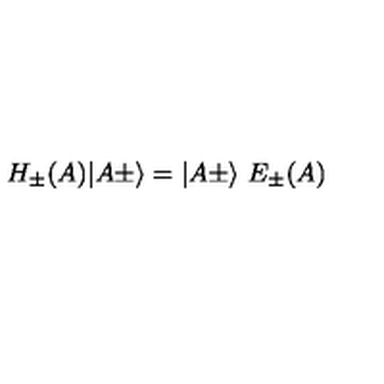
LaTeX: H _ { \pm } ( A ) \vert A \pm \rangle = \vert A \pm \rangle \ E _ { \pm } ( A )